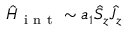
\hat { H } _ { \mathrm { ~ i ~ n ~ t ~ } } \sim a _ { 1 } \hat { S } _ { z } \hat { J } _ { z }